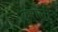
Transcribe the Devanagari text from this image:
कुराली